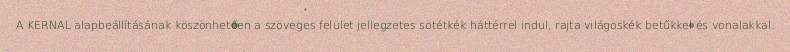
A KERNAL alapbeállításának köszönhetően a szöveges felület jellegzetes sötétkék háttérrel indul, rajta világoskék betűkkel és vonalakkal.